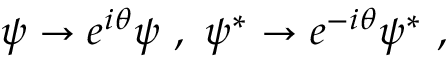
\psi \rightarrow e ^ { i \theta } \psi \ , \ \psi ^ { * } \rightarrow e ^ { - i \theta } \psi ^ { * } ~ ,